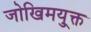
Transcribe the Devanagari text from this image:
जोखिमयु्क्त